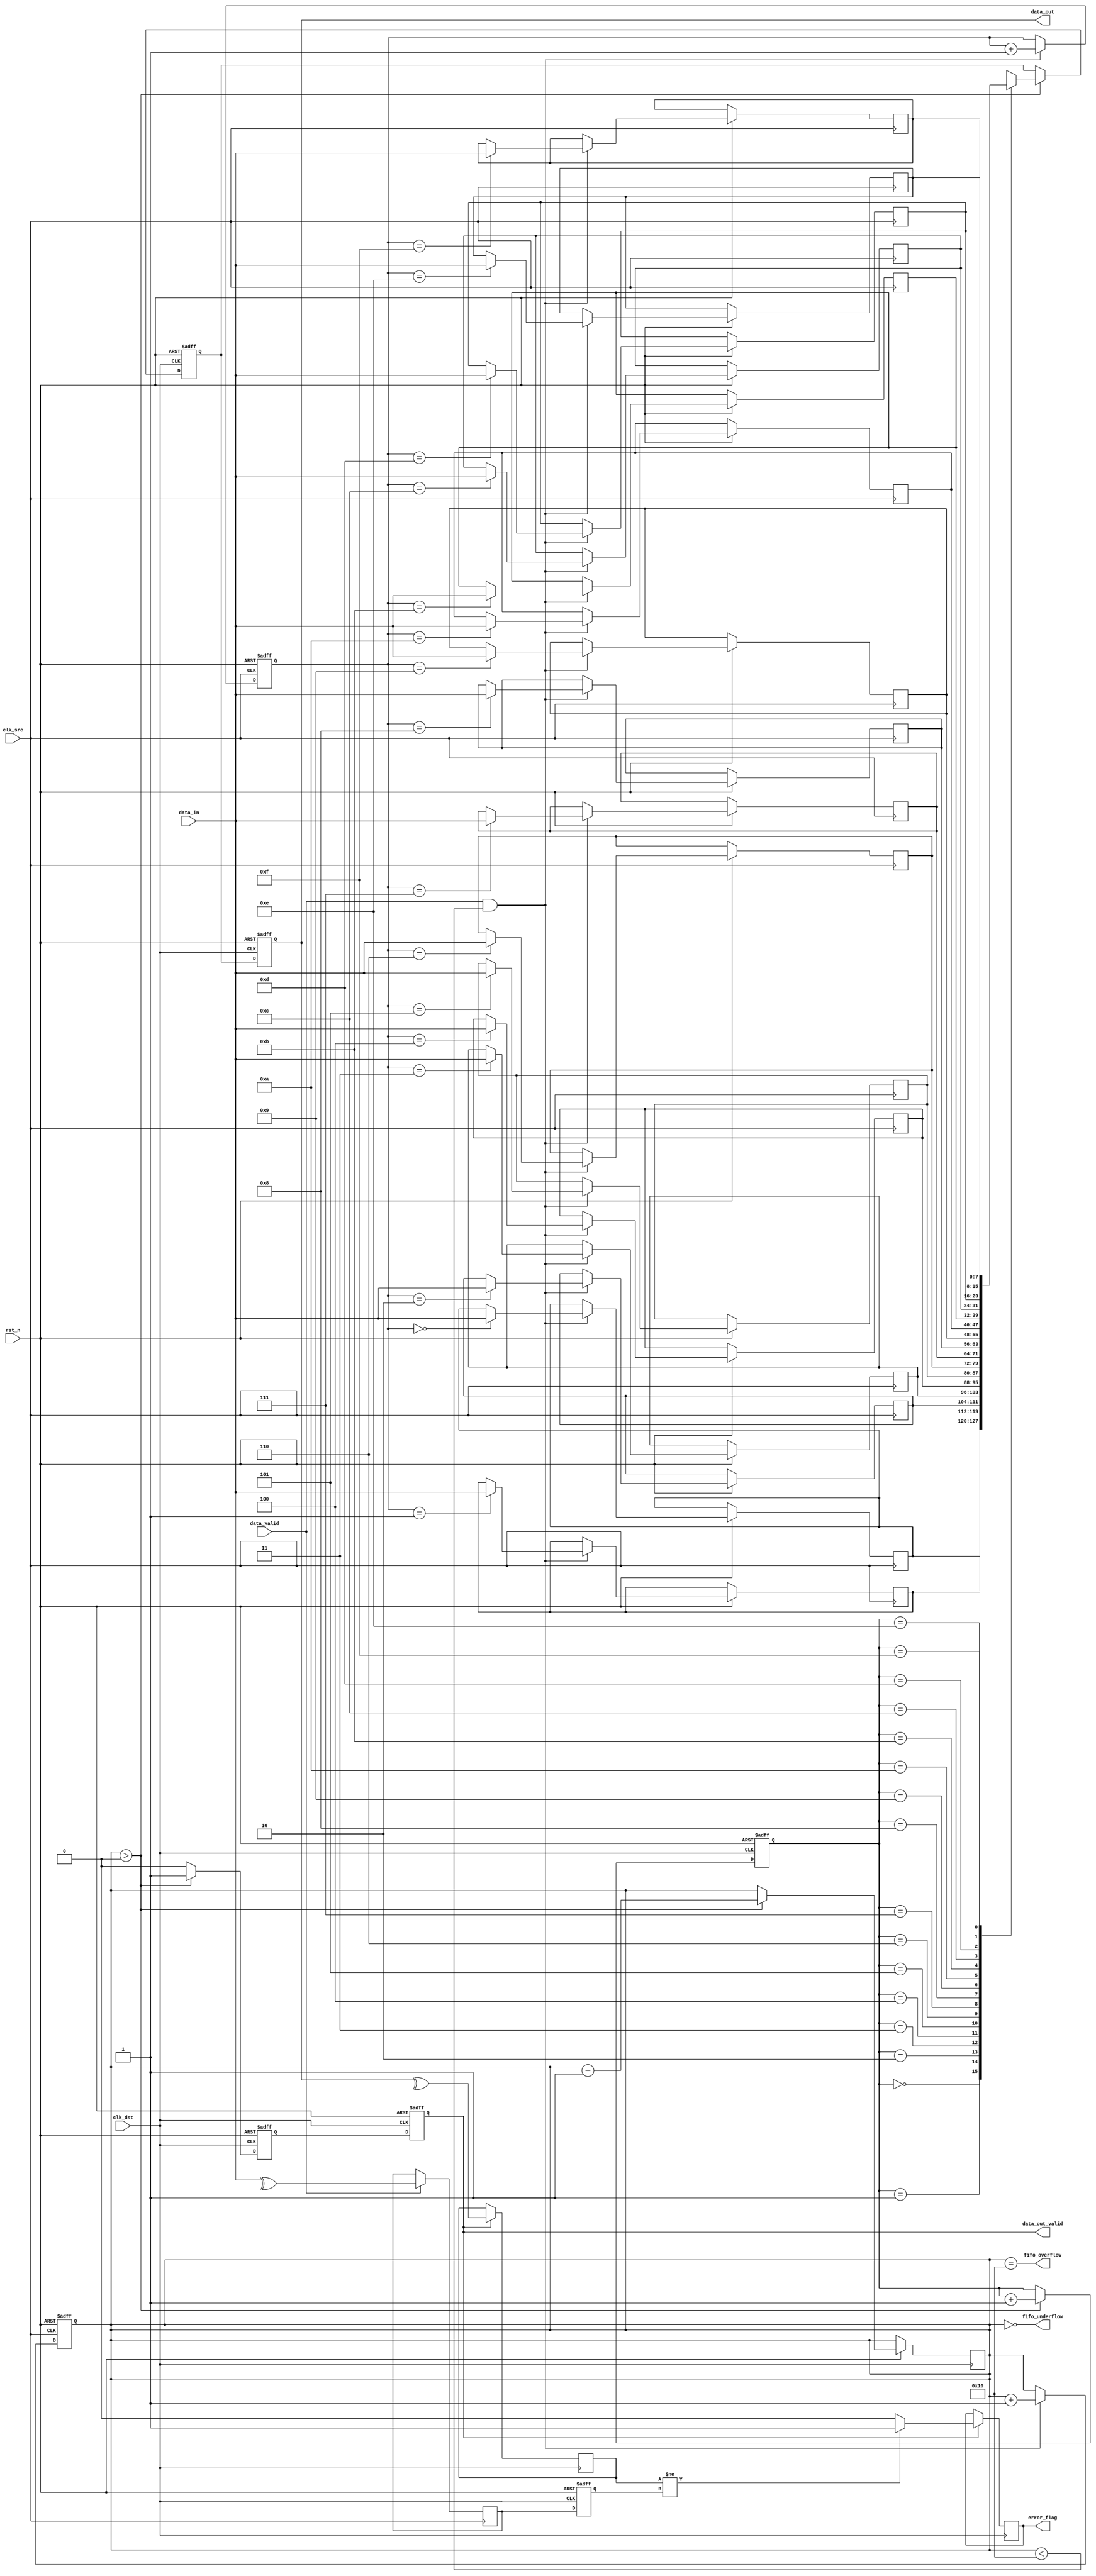
module memory_blocks_cdc (
    input  wire clk_src,            // Source clock
    input  wire clk_dst,            // Destination clock
    input  wire rst_n,              // Active low reset
    input  wire [7:0] data_in,      // Data input from source clock domain
    input  wire data_valid,          // Data valid signal
    output wire [7:0] data_out,     // Data output to destination clock domain
    output wire data_out_valid,      // Data valid output in destination clock domain
    output wire error_flag,          // Error detection flag
    output wire fifo_overflow,       // FIFO overflow indicator
    output wire fifo_underflow       // FIFO underflow indicator
);

    // FIFO parameters
    localparam FIFO_DEPTH = 16;
    localparam ADDR_WIDTH = 4; // log2(FIFO_DEPTH)

    // FIFO buffer
    reg [7:0] fifo_mem [0:FIFO_DEPTH-1];
    reg [ADDR_WIDTH-1:0] w_ptr, r_ptr;
    reg [ADDR_WIDTH:0] count; // Count to track FIFO usage

    // Control signals
    reg fifo_write_enable, fifo_read_enable;
    reg [7:0] fifo_data_out;
    
    // FIFO Write Logic
    always @(posedge clk_src or negedge rst_n) begin
        if (!rst_n) begin
            w_ptr <= 0;
            count <= 0;
        end else if (data_valid && (count < FIFO_DEPTH)) begin
            fifo_mem[w_ptr] <= data_in;
            w_ptr <= w_ptr + 1;
            count <= count + 1;
        end
    end

    // FIFO Read Logic
    always @(posedge clk_dst or negedge rst_n) begin
        if (!rst_n) begin
            r_ptr <= 0;
            fifo_data_out <= 0;
            fifo_read_enable <= 0;
        end else if (count > 0) begin
            fifo_data_out <= fifo_mem[r_ptr];
            r_ptr <= r_ptr + 1;
            count <= count - 1;
            fifo_read_enable <= 1;
        end else begin
            fifo_read_enable <= 0;
        end
    end

    // Error detection logic
    reg parity_src, parity_dst;
    always @(posedge clk_src) begin
        if (data_valid) begin
            parity_src <= ^data_in; // Calculate parity for data_in
        end
    end

    // Synchronize data_out and parity to destination clock domain
    reg [7:0] sync_data_out;
    reg sync_valid;
    reg sync_parity;

    // 2-stage synchronizer for data_out
    always @(posedge clk_dst or negedge rst_n) begin
        if (!rst_n) begin
            sync_data_out <= 0;
            sync_valid <= 0;
            sync_parity <= 0;
        end else begin
            sync_data_out <= fifo_data_out;
            sync_valid <= fifo_read_enable;
            sync_parity <= parity_src; // Assuming parity_src is accessible here
        end
    end

    // Check parity at destination
    always @(posedge clk_dst) begin
        if (sync_valid) begin
            parity_dst <= ^sync_data_out; // Calculate parity for received data
            if (parity_dst != sync_parity) begin
                error_flag <= 1; // Set error flag if parity doesn't match
            end else begin
                error_flag <= 0;
            end
        end
    end

    // Assign outputs
    assign data_out = sync_data_out;
    assign data_out_valid = sync_valid;
    assign fifo_overflow = (count == FIFO_DEPTH);
    assign fifo_underflow = (count == 0);

endmodule